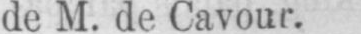
de M. de Cavour.